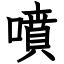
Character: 噴